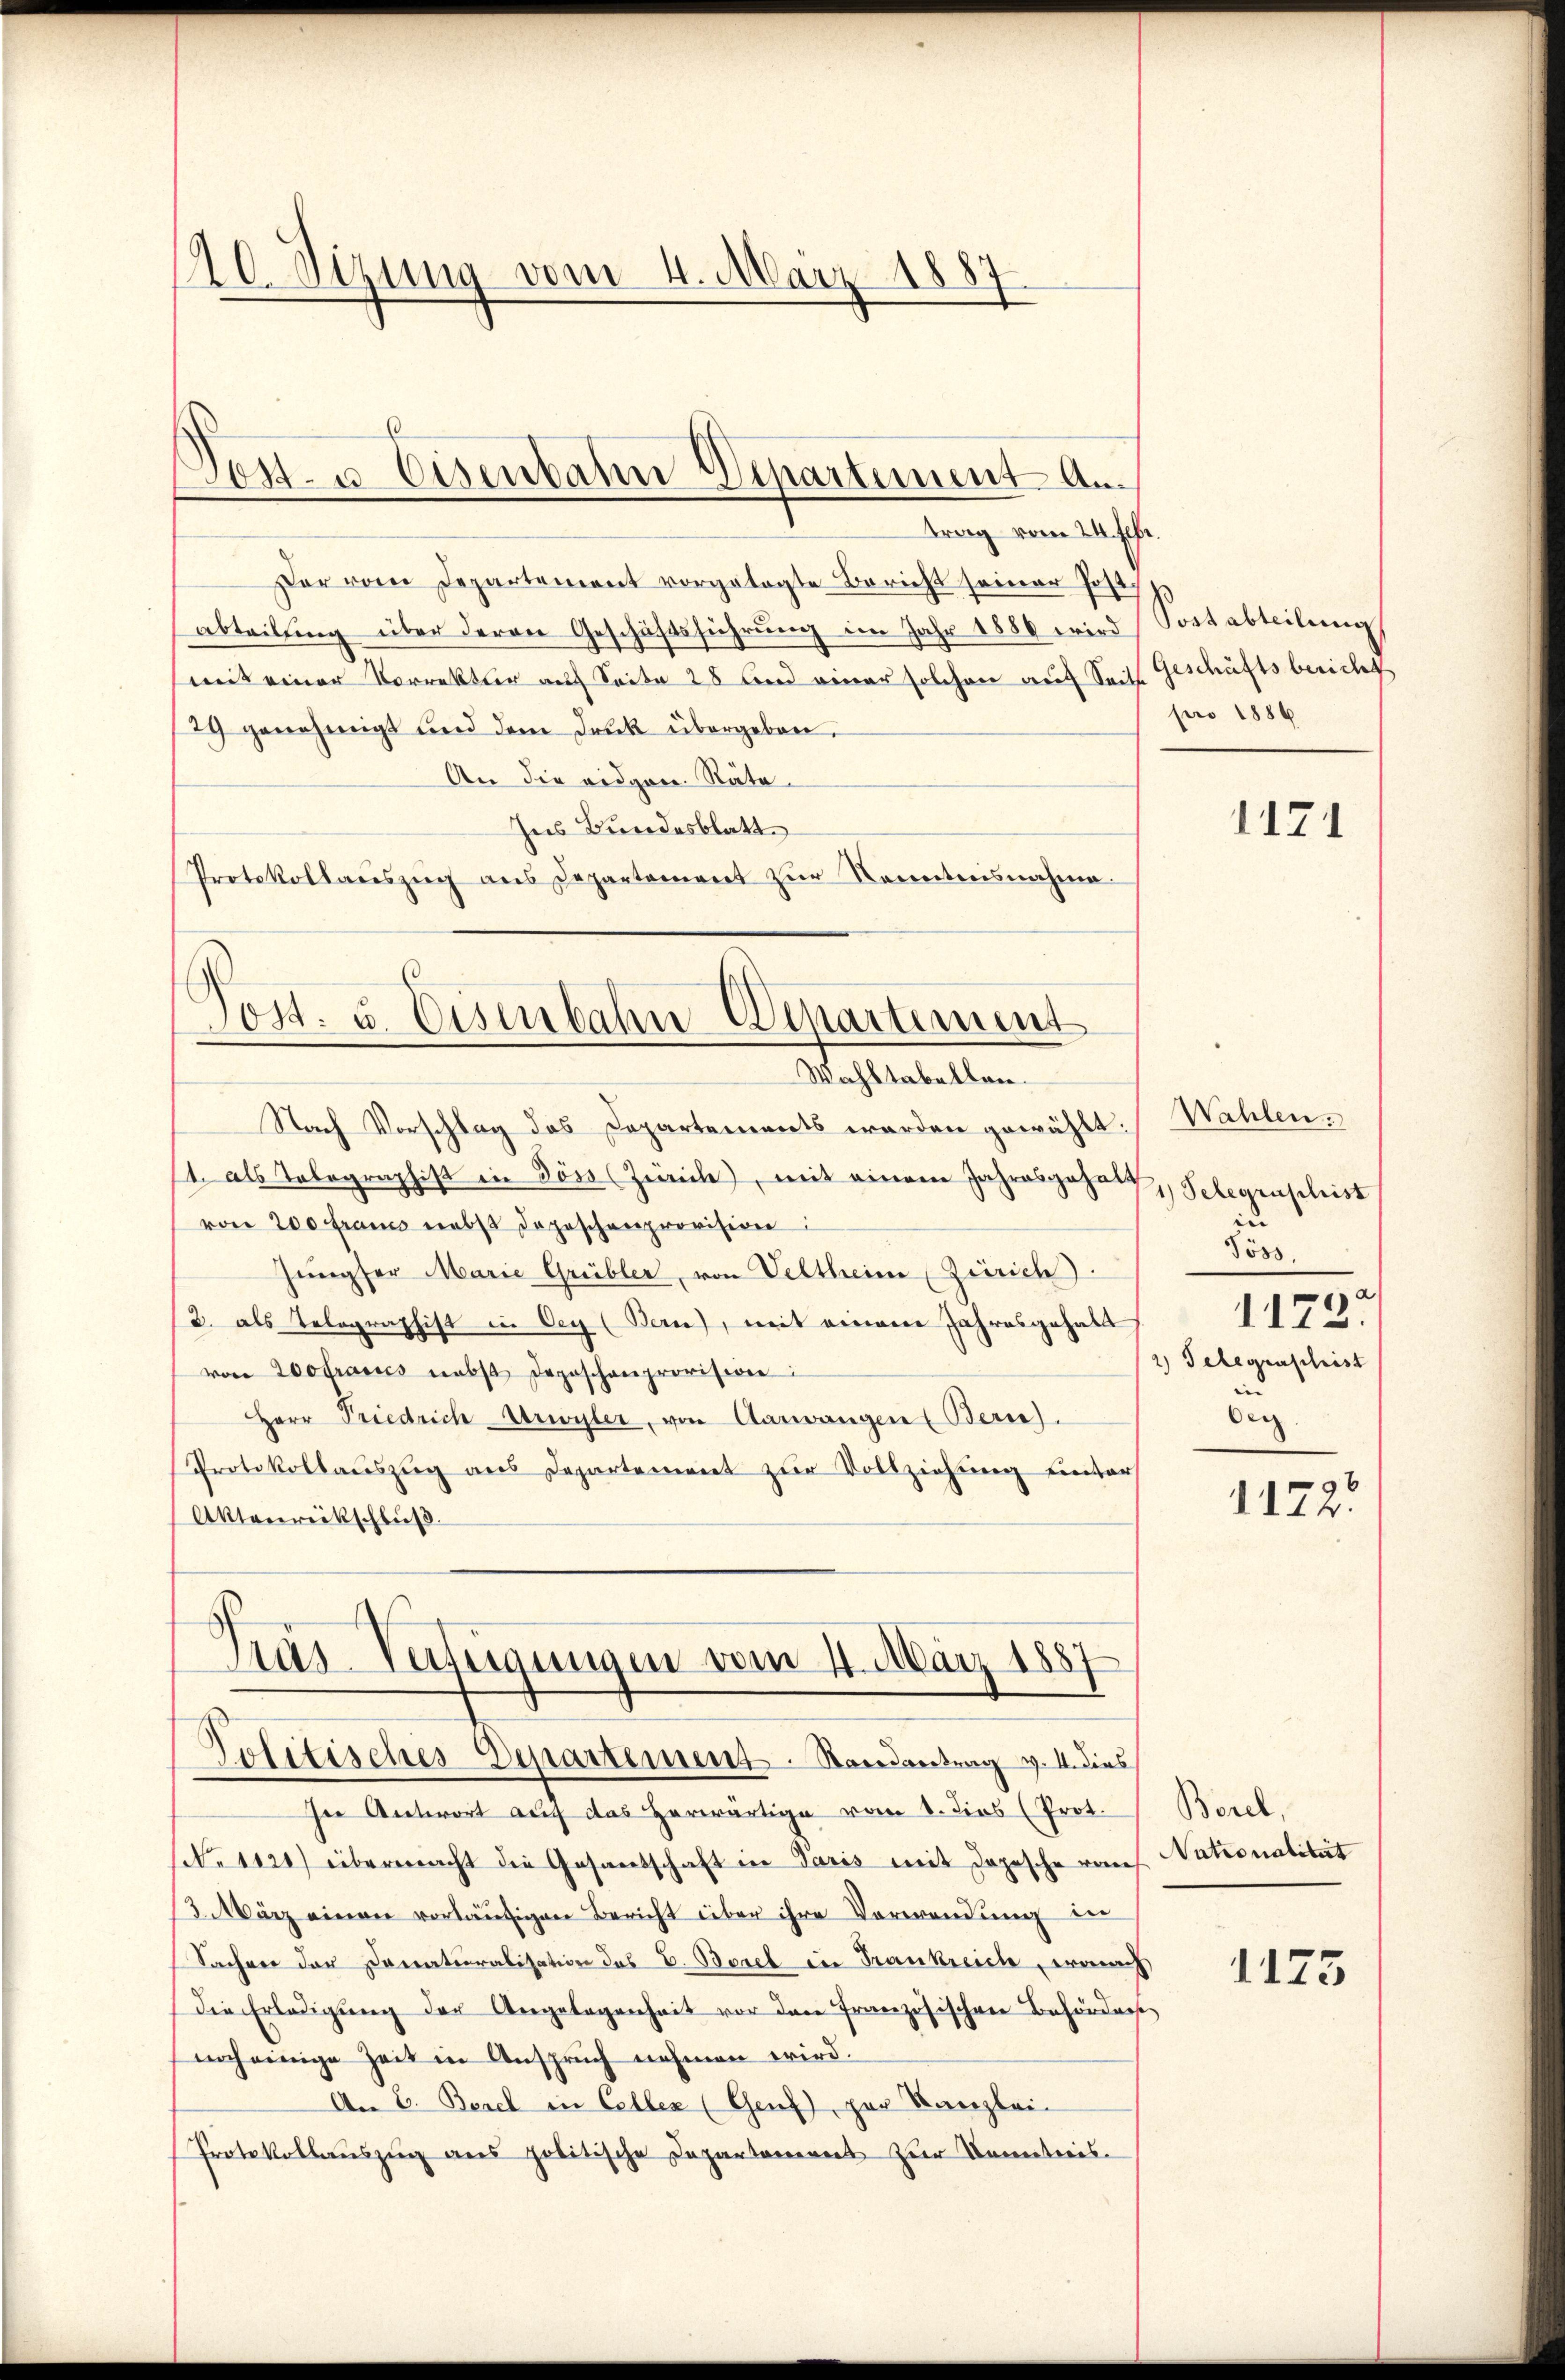
120. Sizung vom 4. März 1887
4

trag vom 24. Febr.
Der vom Departement vorgetagte Bericht seiner Post.
abteiling über deren Geschäftsführung im Jahr 1886 wird Sortabteilung
mit einer Vorrektur auf Seite 28 und einer solchen auf Seite
29 genehmigt und dem Druck übergeben.
An die eidgen. Räte.
Ins Bundesblatt.
Protokollaŭszŭg ans Departement zŭr Kenntnisnahme

6
Post- u. Eisenbahn Departement an.

Post. u. Eisenbahn-Departement
Wahltabellen.

Nach Vorschlag das Departements werden gewählt:
1. als Telegraphist in Söss (Zürich, mit einem Jahresgehalt
von 200 Francs nebst Depeschenprovision:
Jungfer Marie Grübler, von Veltheim Zürich).
(2. als Telegraphist in Cey (Bern), mit einem Jahresgehalt
von Hofrates nebst Deposchenprovision:
Herr Priedrich-Urwyler, von Aarwangen Bern).
Protokollauszug aus Departement zur Vollziehung unter
Aktenreikschluß.

Gräs-Verfügungen vom 4. März 1887
Politisches Departement. Randantrag v. 4. dies

ser Antwort auf das Herwärtige vom 8. dies (Prot.
No 1121) übermacht die Gesandschaft in Paris mit dopesche rei
3. März einen vorläufigen Bericht über ihre Verwendung in
Sachen der Donationalisation des E. Borel in Frankreiche, ernach
die Erledigung der Angelegenheit vor den Französischen Behörderse
noch einige Zeit in Anspruch nehmen wird.
An E. Bezel in Celler (Genf), zur Kanzlei-
Protokollauszug aus politische Departanenes zur Kometris

Geschäftsbericht
pro 1886

1121

Wahlen.
1) Telegraschist
Pöss
1172.
2) Gelegenschrist
Org
1172.

Borel,
Nationalität

1175